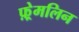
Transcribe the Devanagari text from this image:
फ़्रेमलिन